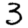
Digit: 3